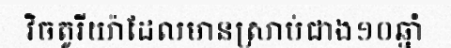
វិចតូរីយ៉ាដែលមានស្រាប់ជាង១០ឆ្នាំ